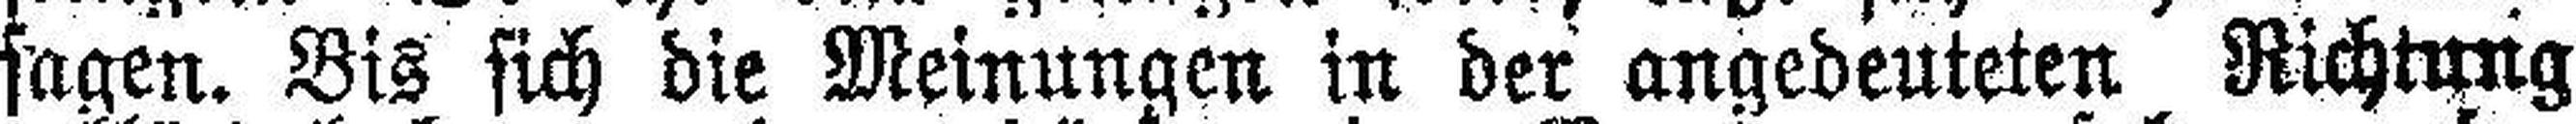
sagen. Bis sich die Meinungen in der angedeuteten Richtung